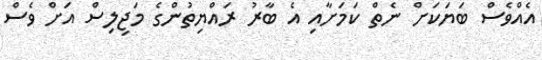
އެއްވެސް ބަޔަކަށް ނެތް ކަމަށާއި އެ ބާރު ރައްޔިތުންގެ މަޖިލިސް އަށް ވެސް